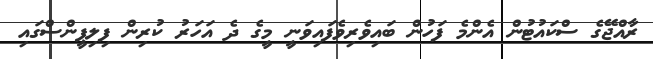
ރާއްޖޭގެ ސްކައުޓުން އެންމެ ފަހުން ބައިވެރިވެފައިވަނީ މީގެ ދެ އަހަރު ކުރިން ފިލިޕީންސްގައި